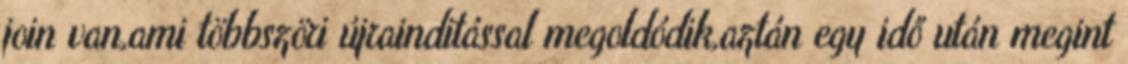
join van,ami többszöri újrainditással megoldódik,aztán egy idő után megint